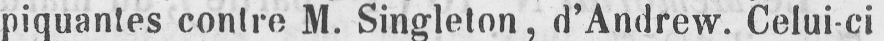
piquantes contre M. Singleton, d’Andrew. Celui-ci